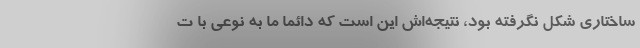
ساختاری شکل نگرفته بود، نتیجه‌اش این است که دائما ما به نوعی با ت